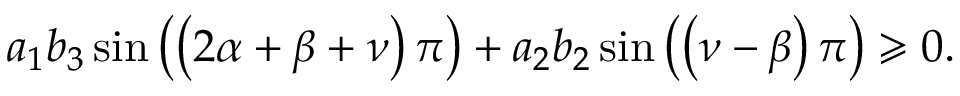
a _ { 1 } b _ { 3 } \sin \left( \left( 2 \alpha + \beta + \nu \right) \pi \right) + a _ { 2 } b _ { 2 } \sin \left( \left( \nu - \beta \right) \pi \right) \geqslant 0 .